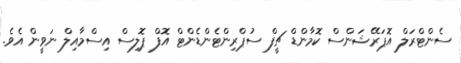
ސެންޓްރަލް އޮޕަރޭޝަންސް ކޮމާންޑް ޗީފް ސުޕްރިންޓެންޑެންޓް އޮފް ޕޮލިސް އިސްމާއިލް ނަވީން އެވެ.